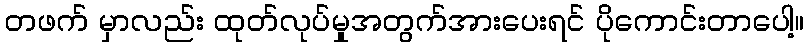
တဖက် မှာလည်း ထုတ်လုပ်မှုအတွက်အားပေးရင် ပိုကောင်းတာပေါ့။